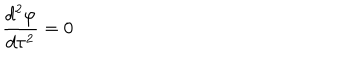
\frac { d ^ { 2 } \varphi } { d \tau ^ { 2 } } = 0